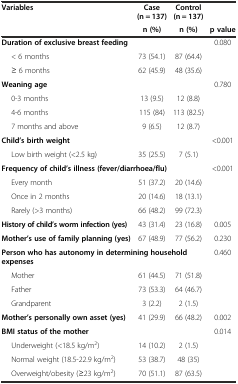
| Variables | Case (n = 137) | Control (n = 137) |  |
 |  | n (%) | n (%) | p value |
 | --- | --- | --- | --- |
 | Duration of exclusive breast feeding |  |  | 0.080 |
 | < 6 months | 73 (54.1) | 87 (64.4) |  |
 | ≥ 6 months | 62 (45.9) | 48 (35.6) |  |
 | Weaning age |  |  | 0.780 |
 | 0-3 months | 13 (9.5) | 12 (8.8) |  |
 | 4-6 months | 115 (84) | 113 (82.5) |  |
 | 7 months and above | 9 (6.5) | 12 (8.7) |  |
 | Child’s birth weight |  |  | <0.001 |
 | Low birth weight (<2.5 kg) | 35 (25.5) | 7 (5.1) |  |
 | <COLSPAN=2> Frequency of child’s illness (fever/diarrhoea/flu) |  | <0.001 |
 | Every month | 51 (37.2) | 20 (14.6) |  |
 | Once in 2 months | 20 (14.6) | 18 (13.1) |  |
 | Rarely (>3 months) | 66 (48.2) | 99 (72.3) |  |
 | History of child’s worm infection (yes) | 43 (31.4) | 23 (16.8) | 0.005 |
 | Mother’s use of family planning (yes) | 67 (48.9) | 77 (56.2) | 0.230 |
 | <COLSPAN=3> Person who has autonomy in determining household expenses | 0.460 |
 | Mother | 61 (44.5) | 71 (51.8) |  |
 | Father | 73 (53.3) | 64 (46.7) |  |
 | Grandparent | 3 (2.2) | 2 (1.5) |  |
 | Mother’s personally own asset (yes) | 41 (29.9) | 66 (48.2) | 0.002 |
 | BMI status of the mother |  |  | 0.014 |
 | Underweight (<18.5 kg/m2) | 14 (10.2) | 2 (1.5) |  |
 | Normal weight (18.5-22.9 kg/m2) | 53 (38.7) | 48 (35) |  |
 | Overweight/obesity (≥23 kg/m2) | 70 (51.1) | 87 (63.5) |  |